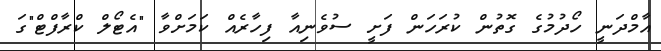
އާމްދަނީ ހޯދުމުގެ ގޮތުން ކުރަހަން ފަށީ ސުވެނިއާ ފިހާރެއް ކަމަށްވާ "އެޓޯލް ކްރާފްޓް"ގަ